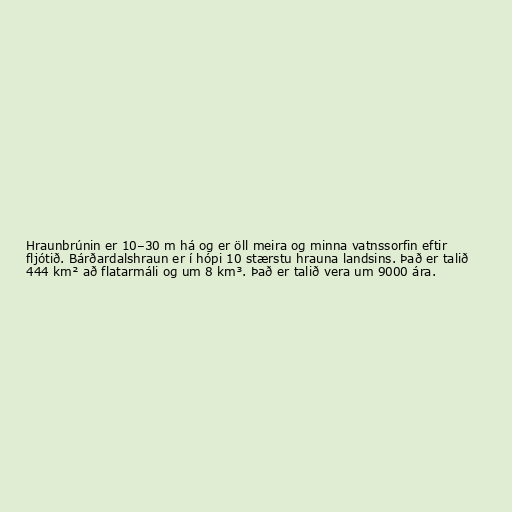
Hraunbrúnin er 10–30 m há og er öll meira og minna vatnssorfin eftir
fljótið. Bárðardalshraun er í hópi 10 stærstu hrauna landsins. Það er talið
444 km² að flatarmáli og um 8 km³. Það er talið vera um 9000 ára.